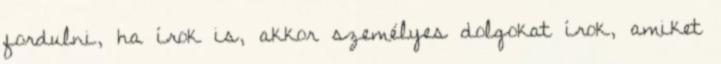
fordulni, ha írok is, akkor személyes dolgokat írok, amiket